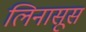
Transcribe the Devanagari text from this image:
लिनासूस